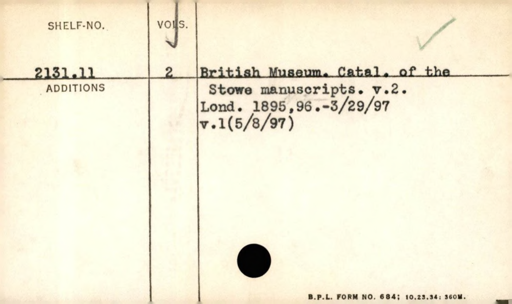
Label: content